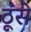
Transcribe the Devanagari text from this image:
ठूंसे